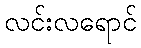
လင်းလရောင်